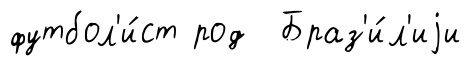
футбол'и́ст род Браз'и́л'иjи